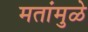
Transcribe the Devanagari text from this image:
मतांमुळे